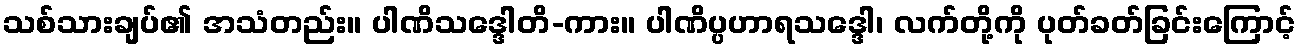
သစ်သားချပ်၏ အသံတည်း။ ပါဏိသဒ္ဒေါတိ-ကား။ ပါဏိပ္ပဟာရသဒ္ဒေါ၊ လက်တို့ကို ပုတ်ခတ်ခြင်းကြောင့်